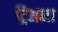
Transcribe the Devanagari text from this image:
ट्रिअना